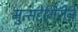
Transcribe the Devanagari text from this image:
मुत्सद्देगिरीने